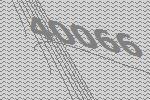
40066